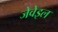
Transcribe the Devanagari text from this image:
जेवेइल